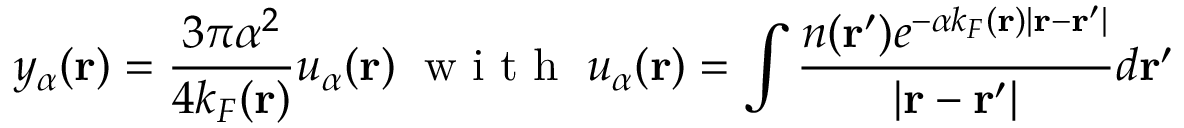
y _ { \alpha } ( \mathbf { r } ) = \frac { 3 \pi \alpha ^ { 2 } } { 4 k _ { F } ( \mathbf { r } ) } u _ { \alpha } ( \mathbf { r } ) \; \textrm { w i t h } \; u _ { \alpha } ( \mathbf { r } ) = \int \frac { n ( \mathbf { r } ^ { \prime } ) e ^ { - \alpha k _ { F } ( \mathbf { r } ) | \mathbf { r } - \mathbf { r } ^ { \prime } | } } { | \mathbf { r } - \mathbf { r } ^ { \prime } | } d \mathbf { r } ^ { \prime }